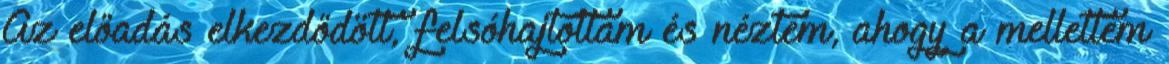
Az előadás elkezdődött, felsóhajtottam és néztem, ahogy a mellettem